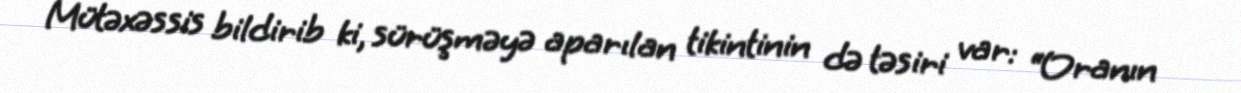
Mütəxəssis bildirib ki, sürüşməyə aparılan tikintinin də təsiri var: “Oranın